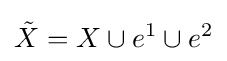
{\tilde {X}}=X\cup e^{1}\cup e^{2}